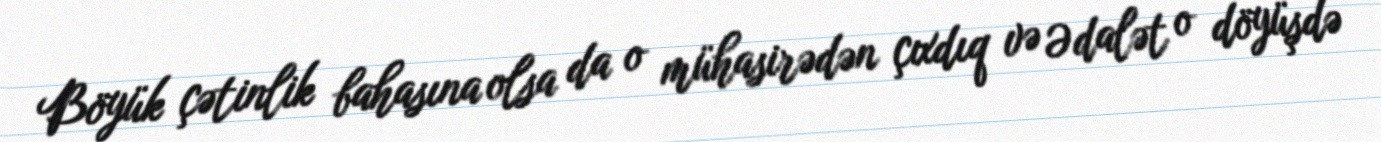
Böyük çətinlik bahasına olsa da o mühasirədən çıxdıq və Ədalət o döyüşdə